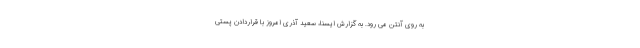
به روی آنتن می رود. به گزارش ایسنا، سعید آذری امروز با قراردادن پستی